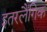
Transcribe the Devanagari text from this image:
इतरलैंगिक